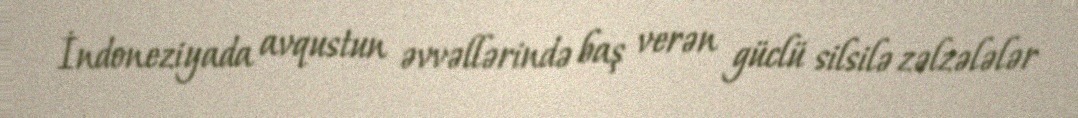
İndoneziyada avqustun əvvəllərində baş verən güclü silsilə zəlzələlər